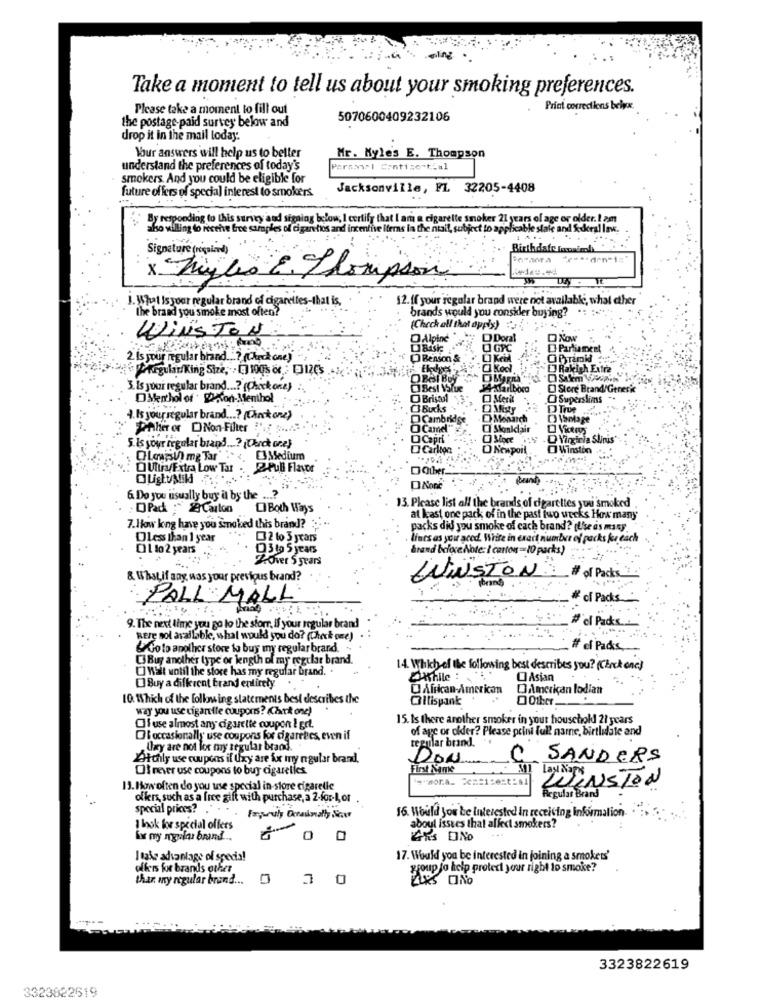
Take a moment to tell us about your smoking preferences.
Please take a moment to fill out
Print corrections belyx.
the postage paid survey below and
5070600409232106
drop it in the mail loday.
Your answers will help us to beller
Mr. Kyle's E. Thompson
understand the preferences of today's
Paraxwal Contise-tial
smokers And you could be eligible for
future offers of special interest to smokers
Jacksonville, FL 32205-4408
By responding to this survey and signing below, I certify that I am a cigarette smoker 21 years of age or older. I am
also willing to receive free samples of cigar tios ar
incentive itr
ns la the ntail, subject to applical
eslale and Rural law.
Signature (required)
Birth date Tomain
×
higles &. Thompson
1. What Is your regular brand of cigaretes-that is,
12. ff your regular brand were not available, what other
the brand you smoke most often?
brands would you consider buying?
(Check all that apply) :-
WINSTON
Alpine "
Doral
O NOW
Q GPC
O Parfumeet
2. Is your regular brand ...? (Check one)
O Benson &
OPT
it regularKing Size, . [] 100's & . [312C's
[ Rakigh Extra
OBGI BUY
3. Is your regular brand ..? (Check one)
C) Best Value
AMarlboro
@ Store Brand/Genesk
DMerhol of 2Non-Menthol
O Bristol
Merit
O Superslims
C3Bucks
O Misty
O True
1. Is yourregular brand ...? (instone)
DCambridge
D) Monarch
Phher or [Non-Filter '. ......
Stonichair
D Capri
C More
O Virginia Slinus
5. Is your regular brand ..? (Chick one)
Carlton
O Newport
O Winston
OLouisi me Tar
3%Sedium
OUlia/Extra Low Tar
2Pull Flavor
DOther.
ONone
6 Do you usually buy it by the ...?
13. Please list all the brands of digartlies you smoked
OPad : Carton
LIBoth Ways
at least one pack of in the past two weeks How many
7.How king have you smoked this brand?
packs did you smoke of cach brand? (Use ds masy
Dless than 1 year
2 to 3 years
. lines as your aced. Write in exart number of packs for each
01 to2 years
D3 to 5 years
Brand before Note: i cartons =10 parks)
Lover S years
of Packs
& Whatif any, was your previous brand?
WINSTON
PALL MALL
# of Packs
# cl Pads ...
9. The next time you go to the storr, if your regular brand
Rere not available, what would you do? (Check one)
&Go to another store to buy iny regular brard.
of Packs.
C3 Buy another type or length of my regular brand.
UWait until the store has my regular brand.
14. Which of the following best describes you? (Click one)
OAsian
Buy a different trand entirely
African-American
DIAmerican lodian
10. Which of the following statements best describes the
Cilispank
0 Other
way you use cigarefle coupons? (Check one)
15. Is there another smoker in your household 27 years
Ofuse almost any cigarette coupon & get.
of age or older? Please prini full name, birtludate and
Of occasionally use coupons for cigarettes, even if
regular brand.
Ulary are not for my segular brand ..
LAitchily use coupons il Uxy are for my ngular brand.
DON
SANDERS
Of never use coupons to buy cigaretles
First Name
AMT
13. How often do you use special in store cigarelle
TENSTON
offers, such as a free gift with purchase, a 2-for-1,or
Regular Brand
special prices? . . .
16. Would you be Interested in receiving Information-
I bok for special offers
aboul issues that affect smokers?
fx my ngular brand ..
0 0
4KS UND
Itake advantage of special
17. Would you be interested in joining a smokets'
offers for brands other
group to help protect your right to smoke?
thar my regular brand ...
AKS ONO
3323822619
3323822519